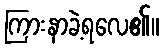
ကြားနာခဲ့ရလေ၏။